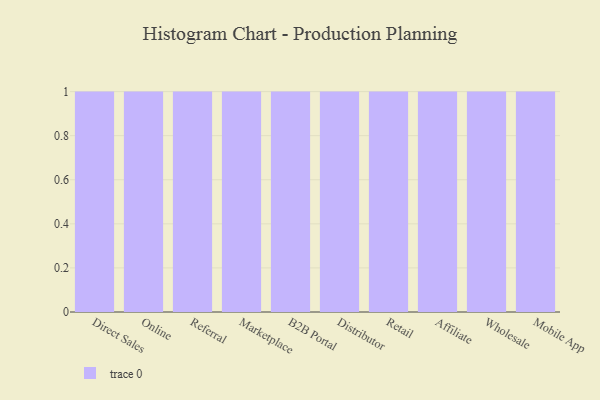
{"axis": {"x": "Channel", "y": "Energy Usage (MWh)"}, "legend": [""], "data": [{"x": "Direct Sales", "y": 45, "type": ""}, {"x": "Online", "y": 22, "type": ""}, {"x": "Referral", "y": 49, "type": ""}, {"x": "Marketplace", "y": 97, "type": ""}, {"x": "B2B Portal", "y": 51, "type": ""}, {"x": "Distributor", "y": 87, "type": ""}, {"x": "Retail", "y": 53, "type": ""}, {"x": "Affiliate", "y": 85, "type": ""}, {"x": "Wholesale", "y": 38, "type": ""}, {"x": "Mobile App", "y": 95, "type": ""}]}